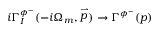
i \Gamma _ { I } ^ { \phi ^ { - } } ( - i \Omega _ { m } , \stackrel { \rightharpoonup } { p } ) \rightarrow \Gamma ^ { \phi ^ { - } } ( p )